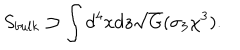
S _ { b u l k } \supset \int d ^ { 4 } x d z \sqrt { G } ( \sigma _ { 3 } \chi ^ { 3 } ) .